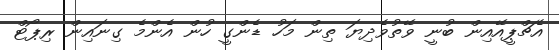
އެޗްޕީއޭއިން ބުނީ ވޭތުވެދިޔަ ތިން މަހު ޑެންގީ ހުން އެންމެ ގިނައިން ރިޕޯޓް